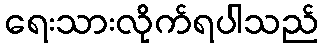
ရေးသားလိုက်ရပါသည်